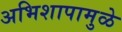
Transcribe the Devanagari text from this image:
अभिशापामुळे